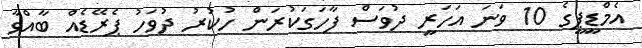
އެމްޑީޕީގެ 10 ވަނަ އަހަރީ ދުވަސް ފާހަގަކުރަން ހުކުރު ދުވަހު ޕެރޭޑެއް ބާއްވާ